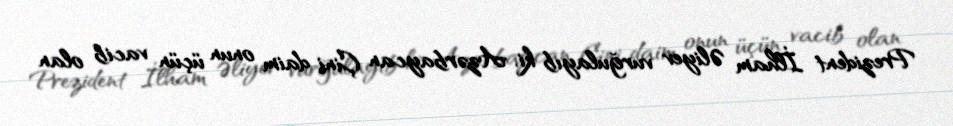
Prezident İlham Əliyev vurğulayıb ki, Azərbaycan Çini daim onun üçün vacib olan